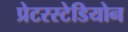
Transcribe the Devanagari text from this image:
प्रेटरस्टेडियोन